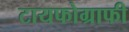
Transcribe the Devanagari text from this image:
टायफोग्राफी